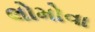
લોમોવા